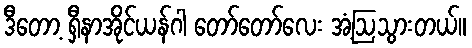
ဒီတော့ ရှီနာအိုင်ယန်ဂါ တော်တော်လေး အံ့ဩသွားတယ်။